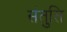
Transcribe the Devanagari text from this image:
संतुति